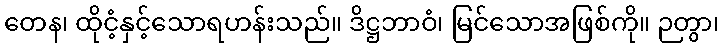
တေန၊ ထိုငံ့နှင့်သောရဟန်းသည်။ ဒိဋ္ဌဘာဝံ၊ မြင်သောအဖြစ်ကို။ ဉတွာ၊